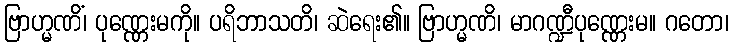
ဗြာဟ္မဏိံ၊ ပုဏ္ဏေးမကို။ ပရိဘာသတိ၊ ဆဲရေး၏။ ဗြာဟ္မဏိ၊ မာဂဏ္ဍီပုဏ္ဏေးမ။ ဂတော၊